Leaving Certificate Examination, 1919
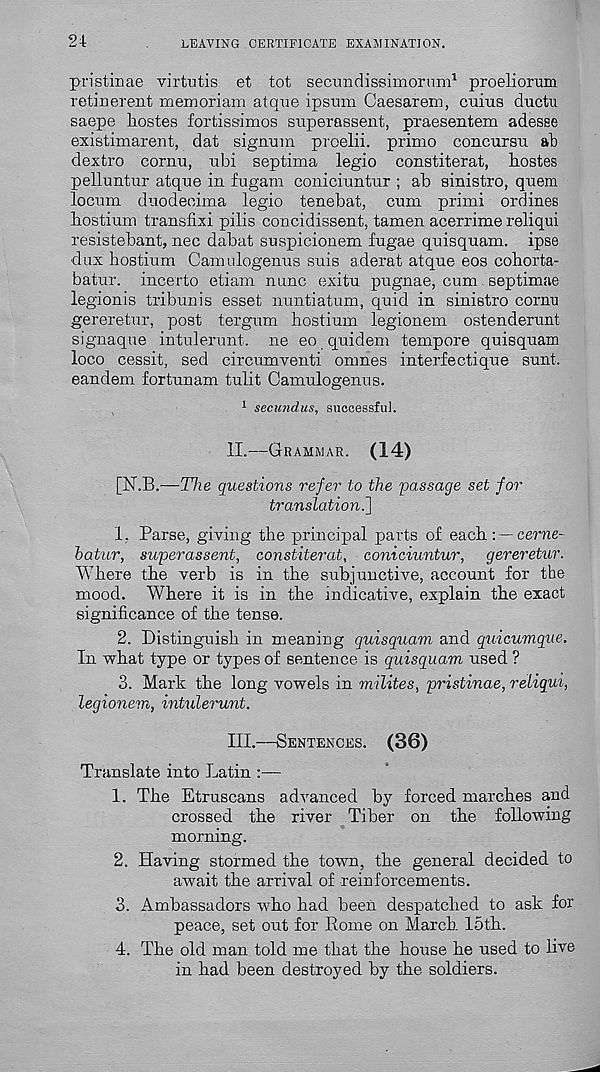
24
LEAVING CERTIFICATE EXAMINATION.
pristinae virtutis et tot secmidissimorum 1 proeliorum
retinerent memoriam atque ipsnm Caesarem, cuius ductu
saepe hostes fortissimos superassent, praesentem adesse
existimarent, dat signum proelii. primo concursu at)
dextro cornu, ubi septima legio constiterat, hostes
pelluntur atque in fugam coniciuntur ; ah sinistro, quern
locum duodeoima legio tenebat, cum primi ordines
hostium transfixi pilis concidissent, tamen acerrime reliqui
resistebant, nec dabat suspicionem fugae quisquam. ipse
dux hostium Camulogenus suis aderat atque eos cohorta-
batur. incerto etiam nunc exitu pugnae, cum. septimae
legionis tribunis esset nuntiatum, quid in sinistro cornu
gereretur, post tergum hostium legionem ostenderunt
signaque intulerunt. ne eo quidem tempore quisquam
loco cessit, sed circumventi omnes interfectique sunt,
eandem fortunam tulit Camulogenus.
1 secundus, successful.
II.
—
[N.B.—The questions refer to the passage set for
translation.'}
1. Parse, giving the principal parts of each: —cerne-
hatur, superassent, constiterat, coniciuntur, gereretur.
Where the verb is in the subjunctive, account for the
mood. Where it is in the indicative, explain the exact
significance of the tense.
2. Distinguish in meaning quisquam and quicumque.
In what type or types of sentence is quisquam used ?
3. Mark the long vowels in milites, pristinae, reliqui,
legionem, intulerunt.
III.
—
Translate into Latin :—
1. The Etruscans advanced by forced marches and
crossed the river Tiber on the following
morning.
2. Having stormed the town, the general decided to
await the arrival of reinforcements.
3. Ambassadors who had been despatched to ask for
peace, set out for Rome on March 15th.
4. The old man told me that the house he used to live
in had been destroyed by the soldiers.